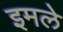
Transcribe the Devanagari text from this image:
इमले